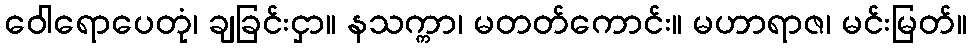
ဝေါရောပေတုံ၊ ချခြင်းငှာ။ နသက္ကာ၊ မတတ်ကောင်း။ မဟာရာဇ၊ မင်းမြတ်။